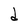
Character: d